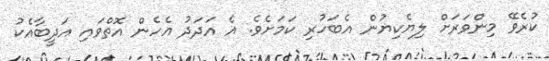
ކުރެވޭ މިންވަރަށް ލިޔެކިޔުން އެބަހުރި ކަމަށެވެ. އެ އަދަދު އެހެން އޮތްވައި އަދީބާއެކު